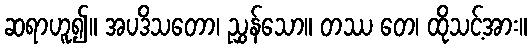
ဆရာဟူ၍။ အပဒိသတော၊ ညွှန်သော။ တဿ တေ၊ ထိုသင့်အား။